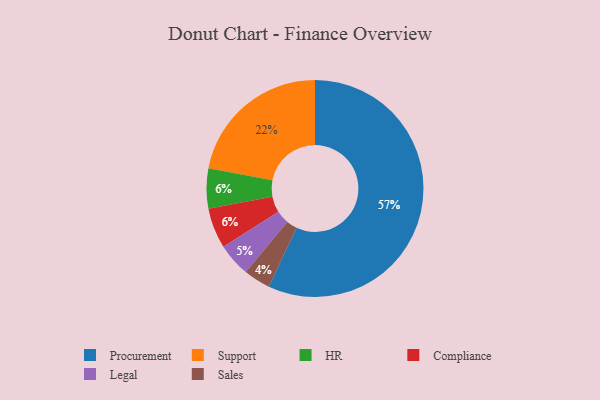
{"axis": {"x": "Category", "y": "Percentage"}, "legend": ["Compliance", "HR", "Legal", "Procurement", "Sales", "Support"], "data": [{"x": "Procurement", "y": 57, "type": "Procurement"}, {"x": "Support", "y": 22, "type": "Support"}, {"x": "Legal", "y": 5, "type": "Legal"}, {"x": "HR", "y": 6, "type": "HR"}, {"x": "Compliance", "y": 6, "type": "Compliance"}, {"x": "Sales", "y": 4, "type": "Sales"}]}